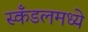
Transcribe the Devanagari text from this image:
स्कँडलमध्ये